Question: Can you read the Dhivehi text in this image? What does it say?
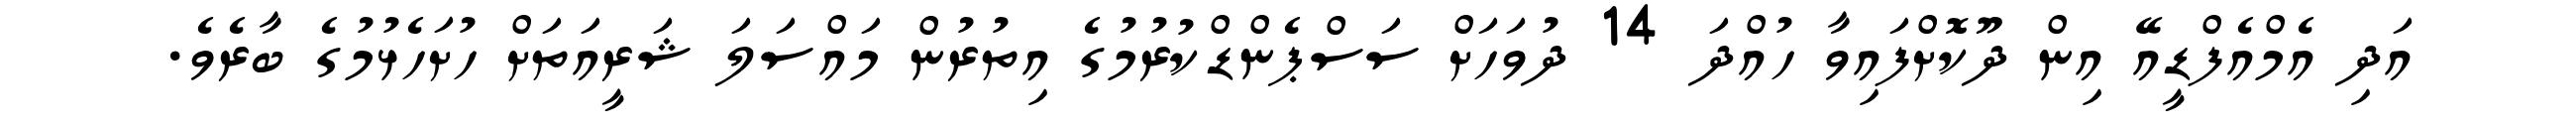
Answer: އަދި އެމްއެފްޑީއޭ އިން ދޫކޮށްފައިވާ ހުއްދަ 14 ދުވަހަށް ސަސްޕެންޑްކުރުމުގެ އިތުރުން މައްސަލަ ޝަރީއަތަށް ހުށަހެޅުމުގެ ބާރެވެ.